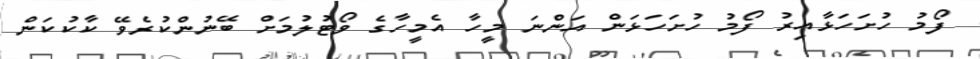
ފޯމު ހުށަހަޅާއިރު ފޯމު ހުށަހަޅަން އަންނަ މީހާ އެމީހާގެ ވޯޓުލުމަށް ބޭނުންކުރެވޭ ކާކުކަން